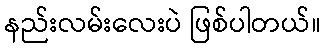
နည်းလမ်းလေးပဲ ဖြစ်ပါတယ်။